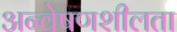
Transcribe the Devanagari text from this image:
अन्वेषणशीलता